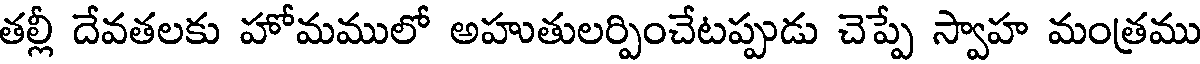
తల్లీ దేవతలకు హోమములో అహుతులర్పించేటప్పుడు చెప్పే స్వాహ మంత్రము